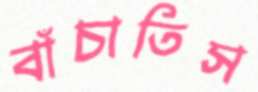
বাঁচাতিস